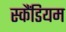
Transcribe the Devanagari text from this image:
स्कैंडियम